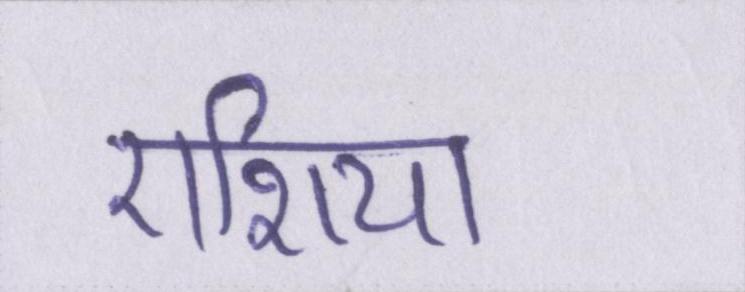
एशिया